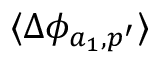
\langle \Delta \phi _ { a _ { 1 } , p ^ { \prime } } \rangle